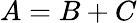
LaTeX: A=B+C